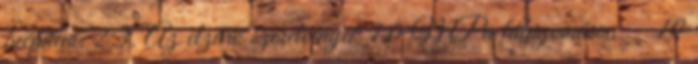
beépíteni. 2.3. Az elzáró szerelvények 1,0 MPa túlnyomáson 10